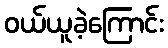
ဝယ်ယူခဲ့ကြောင်း